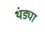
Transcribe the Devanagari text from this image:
थंड्या